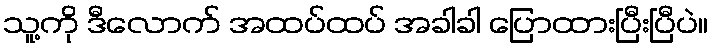
သူ့ကို ဒီလောက် အထပ်ထပ် အခါခါ ပြောထားပြီးပြီပဲ။